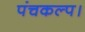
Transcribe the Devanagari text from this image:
पंचकल्प।